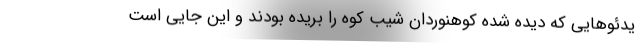
یدئوهایی که دیده شده کوهنوردان شیب کوه را بریده بودند و این جایی است